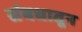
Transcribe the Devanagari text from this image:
संबधातून